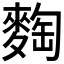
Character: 𪌼